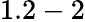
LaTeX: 1.2-2